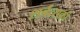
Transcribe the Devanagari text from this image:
शर्बत्सकी